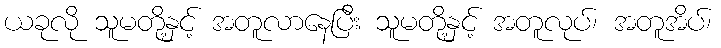
ယခုလို သူမတို့နှင့် အတူလာနေပြီး သူမတို့နှင့် အတူလုပ်၊ အတူအိပ်၊